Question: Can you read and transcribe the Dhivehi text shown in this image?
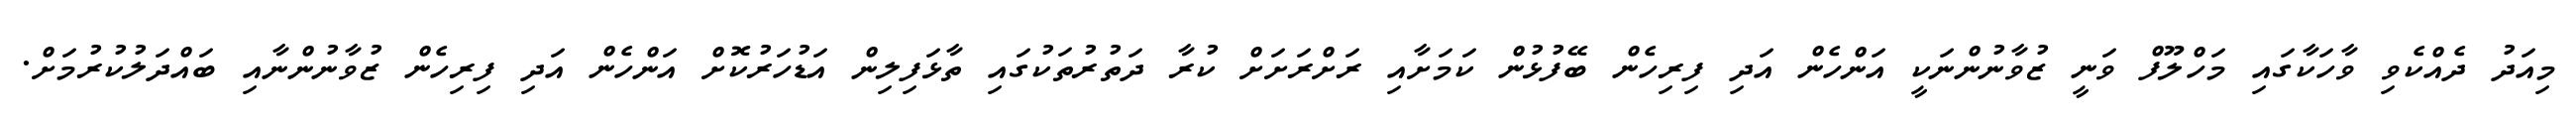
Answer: މިއަދު ދެއްކެވި ވާހަކާގައި މަހްލޫފް ވަނީ ޒުވާނުންނަކީ އަންހެން އަދި ފިރިހެން ބޭފުޅުން ކަމަށާއި ރަށްރަށަށް ކުރާ ދަތުރުތަކުގައި ތާޅަފިލިން އަޑުހަރުކޮށް އަންހެން އަދި ފިރިހެން ޒުވާނުންނާއި ބައްދަލުކުރުމަށް.